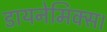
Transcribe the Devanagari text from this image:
डायनेमिक्स।